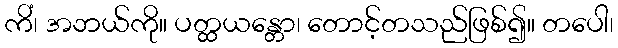
ကိံ၊ အဘယ်ကို။ ပတ္ထယန္တော၊ တောင့်တသည်ဖြစ်၍။ တပေါ၊